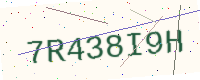
Text: 7R438I9H